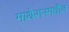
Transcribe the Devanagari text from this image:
माथेरानमधील